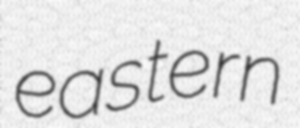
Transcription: eastern